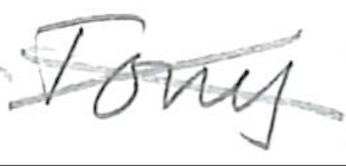
Text: Tony
Cross-out: cross
Writing tool: pencil